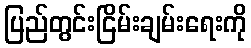
ပြည်တွင်းငြိမ်းချမ်းရေးကို